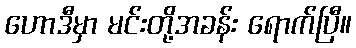
ဟောဒီမှာ မင်းတို့အခန်း ရောက်ပြီ။